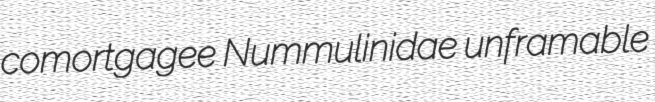
comortgagee Nummulinidae unframable